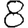
Digit: 8